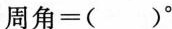
周角=( )^{\circ}